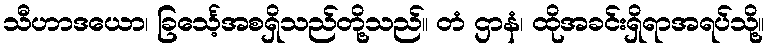
သီဟာဒယော၊ ခြင်္သေ့အစရှိသည်တို့သည်။ တံ ဌာနံ၊ ထိုအခင်းရှိရာအရပ်သို့။